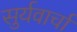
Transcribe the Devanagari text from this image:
सुर्यवार्चा